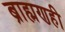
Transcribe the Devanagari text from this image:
ब्राह्मणही